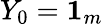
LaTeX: Y_{0}=\boldsymbol{1}_{m}